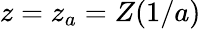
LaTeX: z=z_{a}=Z(1/a)